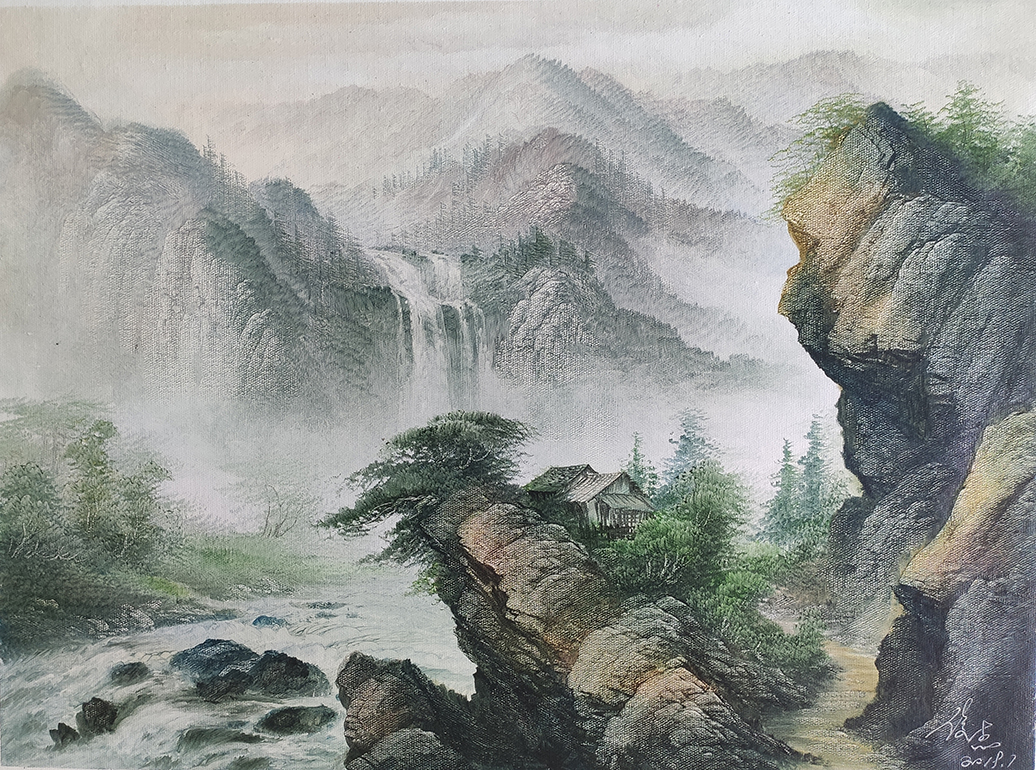
深居俯夹城，春去夏犹清。